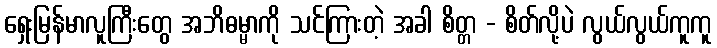
ရှေးမြန်မာလူကြီးတွေ အဘိဓမ္မာကို သင်ကြားတဲ့ အခါ စိတ္တ - စိတ်လို့ပဲ လွယ်လွယ်ကူကူ